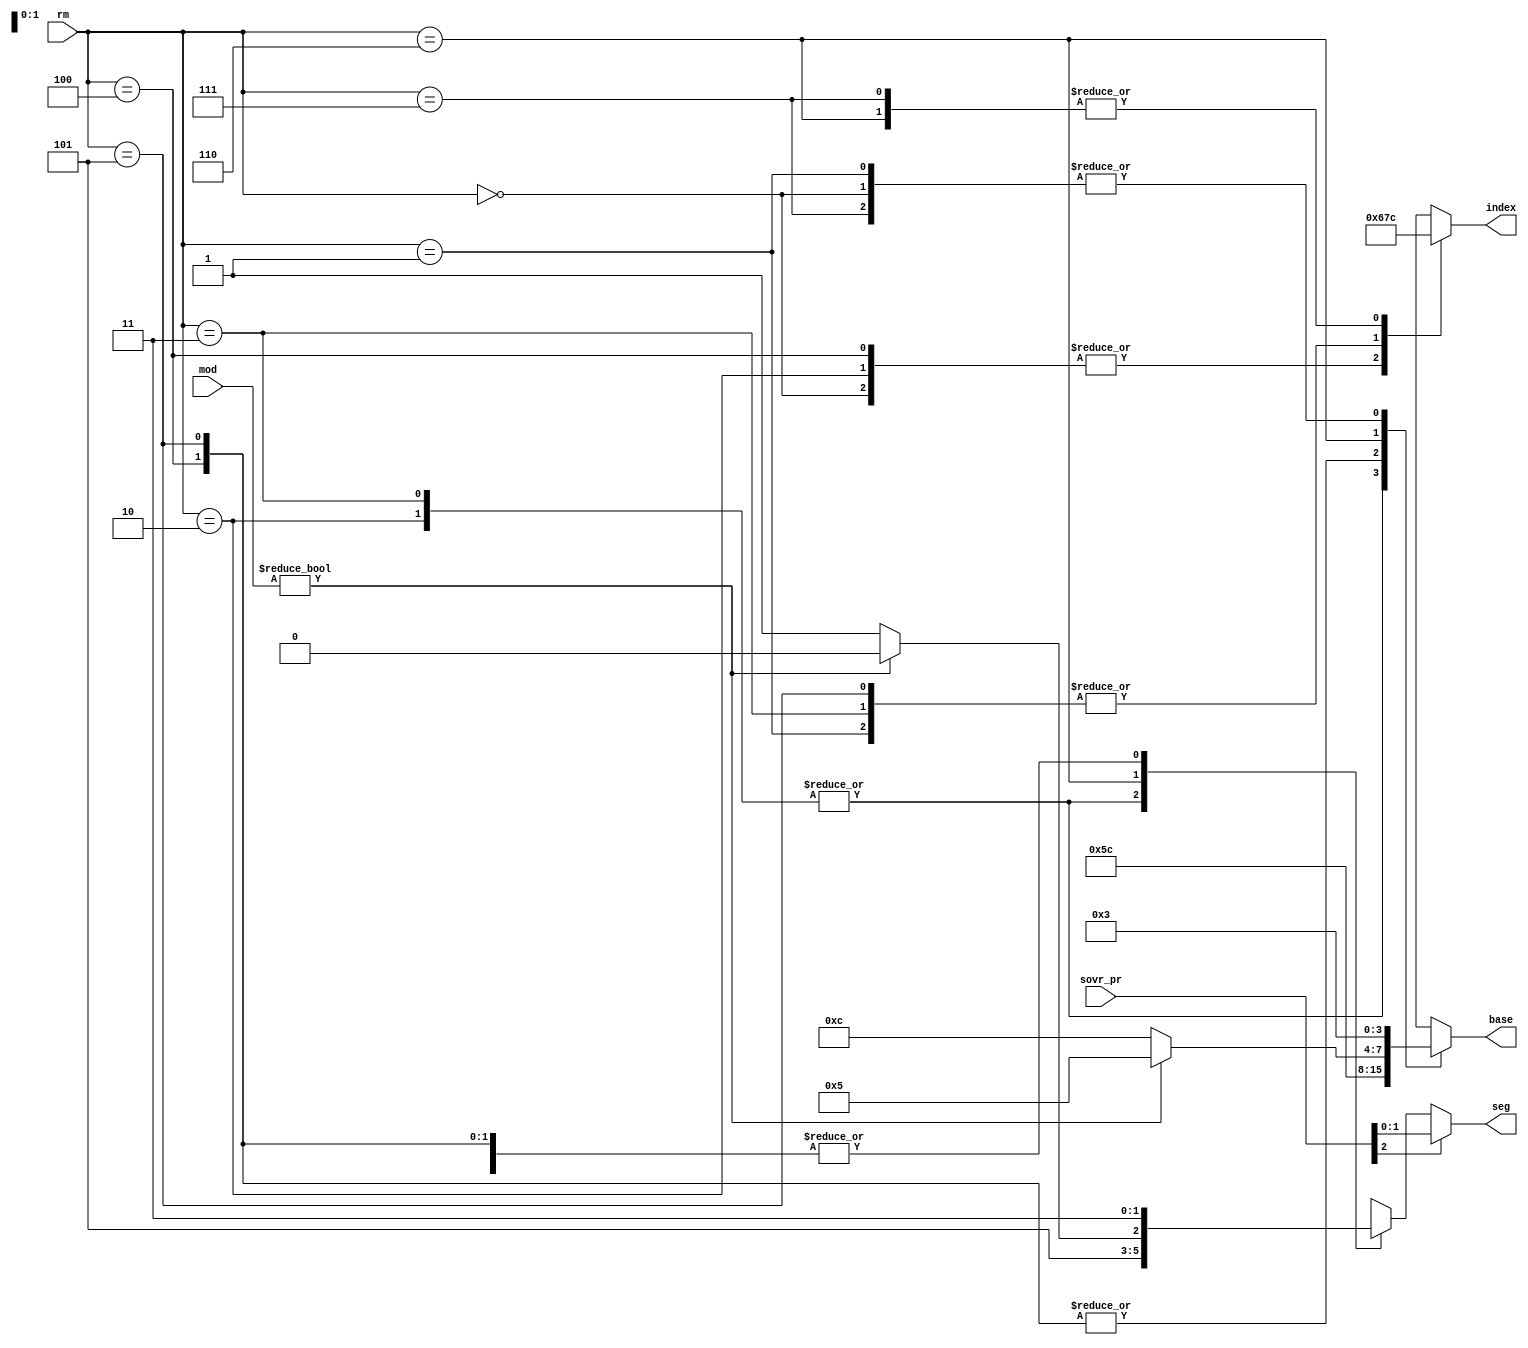
/*
 *  Decoder for x86 memory access registers
 *  Copyright (C) 2010  Zeus Gomez Marmolejo <zeus@aluzina.org>
 *
 *  This file is part of the Zet processor. This processor is free
 *  hardware; you can redistribute it and/or modify it under the terms of
 *  the GNU General Public License as published by the Free Software
 *  Foundation; either version 3, or (at your option) any later version.
 *
 *  Zet is distrubuted in the hope that it will be useful, but WITHOUT
 *  ANY WARRANTY; without even the implied warranty of MERCHANTABILITY
 *  or FITNESS FOR A PARTICULAR PURPOSE. See the GNU General Public
 *  License for more details.
 *
 *  You should have received a copy of the GNU General Public License
 *  along with Zet; see the file COPYING. If not, see
 *  <http://www.gnu.org/licenses/>.
 */

module zet_memory_regs (
    input [2:0] rm,
    input [1:0] mod,
    input [2:0] sovr_pr,

    output reg [3:0] base,
    output reg [3:0] index,
    output     [1:0] seg
  );

  // Register declaration
  reg [1:0] s;

  // Continuous assignments
  assign seg = sovr_pr[2] ? sovr_pr[1:0] : s;

  // Behaviour
  always @(rm or mod)
    case (rm)
      3'b000: begin base <= 4'b0011; index <= 4'b0110; s <= 2'b11; end
      3'b001: begin base <= 4'b0011; index <= 4'b0111; s <= 2'b11; end
      3'b010: begin base <= 4'b0101; index <= 4'b0110; s <= 2'b10; end
      3'b011: begin base <= 4'b0101; index <= 4'b0111; s <= 2'b10; end
      3'b100: begin base <= 4'b1100; index <= 4'b0110; s <= 2'b11; end
      3'b101: begin base <= 4'b1100; index <= 4'b0111; s <= 2'b11; end
      3'b110: begin base <= mod ? 4'b0101 : 4'b1100; index <= 4'b1100;
                    s <= mod ? 2'b10 : 2'b11; end
      3'b111: begin base <= 4'b0011; index <= 4'b1100; s <= 2'b11; end
    endcase
endmodule